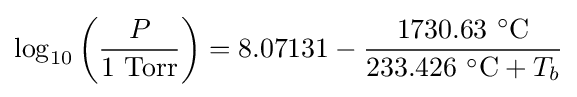
\log _{10}\left({\frac {P}{1{\text{ Torr}}}}\right)=8.07131-{\frac {1730.63\ {}^{\circ }{\text{C}}}{233.426\ {}^{\circ }{\text{C}}+T_{b}}}